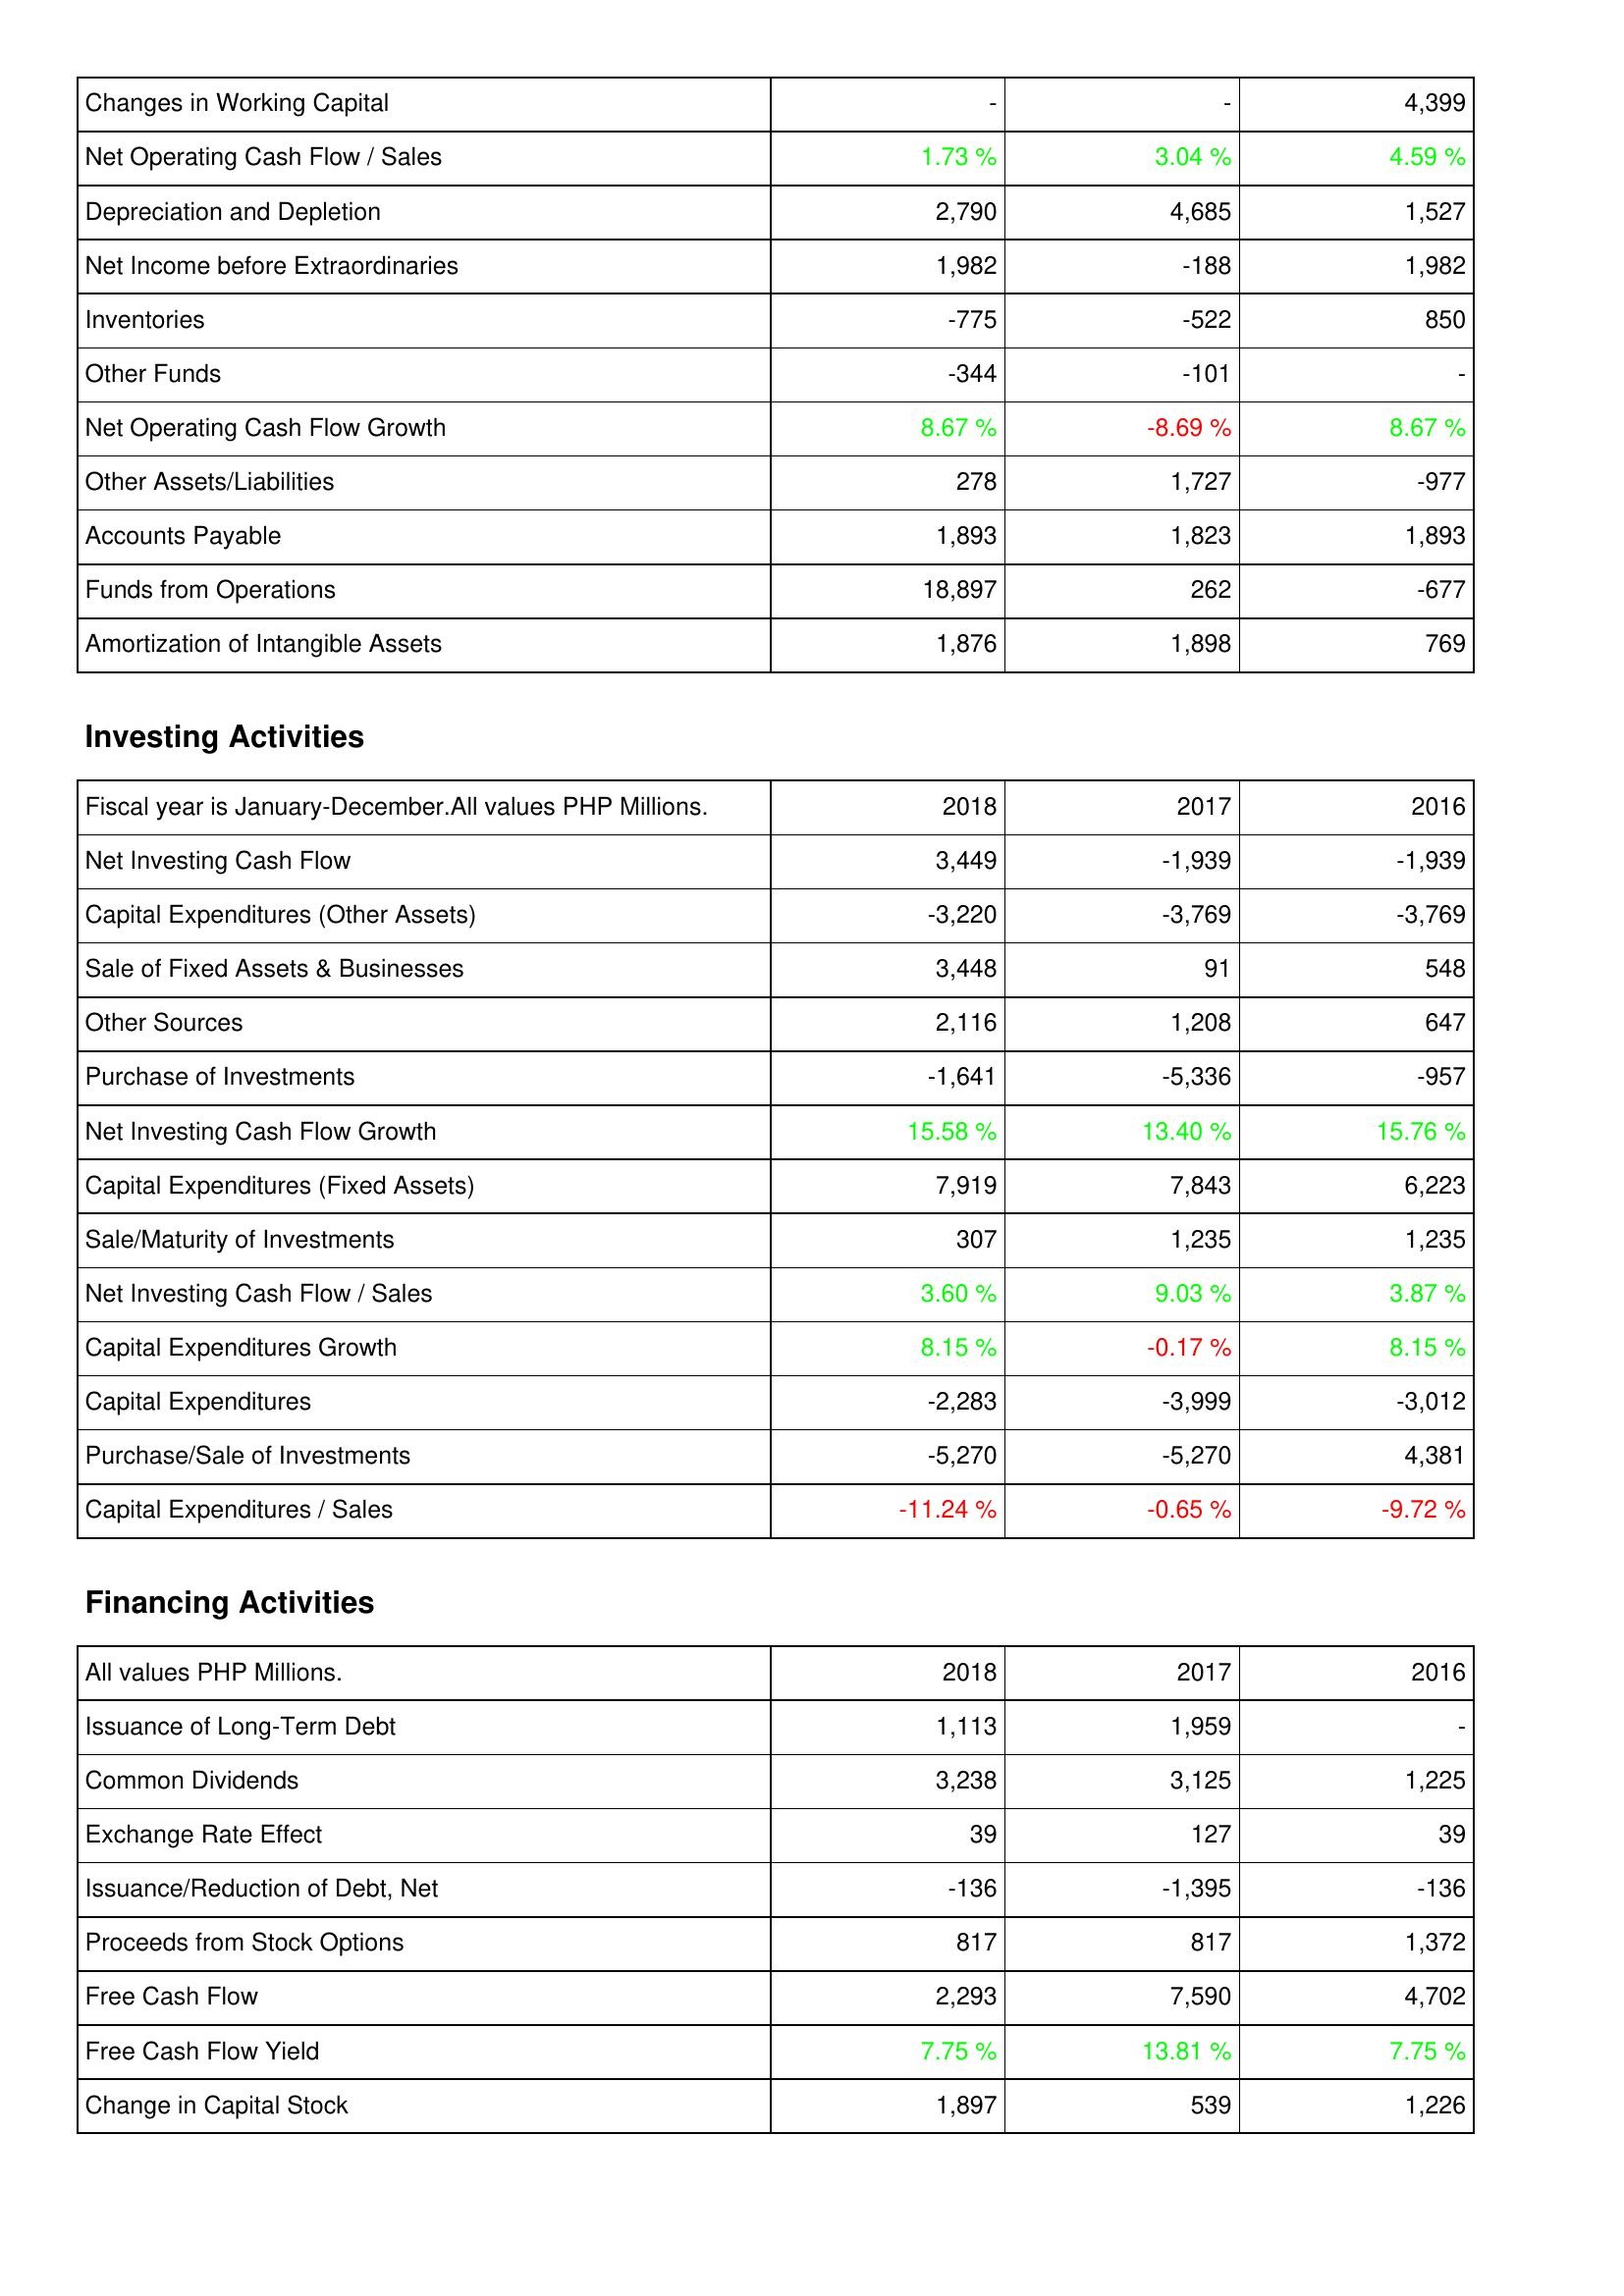
2018: Operating Activities: Changes in Working Capital: -
Net Operating Cash Flow / Sales: 1.73 %
Depreciation and Depletion: 2,790
Net Income before Extraordinaries: 1,982
Inventories: -775
Other Funds: -344
Net Operating Cash Flow Growth: 8.67 %
Other Assets/Liabilities: 278
Accounts Payable: 1,893
Funds from Operations: 18,897
Amortization of Intangible Assets: 1,876
Investing Activities: Net Investing Cash Flow: 3,449
Capital Expenditures (Other Assets): -3,220
Sale of Fixed Assets & Businesses: 3,448
Other Sources: 2,116
Purchase of Investments: -1,641
Net Investing Cash Flow Growth: 15.58 %
Capital Expenditures (Fixed Assets): 7,919
Sale/Maturity of Investments: 307
Net Investing Cash Flow / Sales: 3.60 %
Capital Expenditures Growth: 8.15 %
Capital Expenditures: -2,283
Purchase/Sale of Investments: -5,270
Capital Expenditures / Sales: -11.24 %
Financing Activities: Issuance of Long-Term Debt: 1,113
Common Dividends: 3,238
Exchange Rate Effect: 39
Issuance/Reduction of Debt, Net: -136
Proceeds from Stock Options: 817
Free Cash Flow: 2,293
Free Cash Flow Yield: 7.75 %
Change in Capital Stock: 1,897
2017: Operating Activities: Changes in Working Capital: -
Net Operating Cash Flow / Sales: 3.04 %
Depreciation and Depletion: 4,685
Net Income before Extraordinaries: -188
Inventories: -522
Other Funds: -101
Net Operating Cash Flow Growth: -8.69 %
Other Assets/Liabilities: 1,727
Accounts Payable: 1,823
Funds from Operations: 262
Amortization of Intangible Assets: 1,898
Investing Activities: Net Investing Cash Flow: -1,939
Capital Expenditures (Other Assets): -3,769
Sale of Fixed Assets & Businesses: 91
Other Sources: 1,208
Purchase of Investments: -5,336
Net Investing Cash Flow Growth: 13.40 %
Capital Expenditures (Fixed Assets): 7,843
Sale/Maturity of Investments: 1,235
Net Investing Cash Flow / Sales: 9.03 %
Capital Expenditures Growth: -0.17 %
Capital Expenditures: -3,999
Purchase/Sale of Investments: -5,270
Capital Expenditures / Sales: -0.65 %
Financing Activities: Issuance of Long-Term Debt: 1,959
Common Dividends: 3,125
Exchange Rate Effect: 127
Issuance/Reduction of Debt, Net: -1,395
Proceeds from Stock Options: 817
Free Cash Flow: 7,590
Free Cash Flow Yield: 13.81 %
Change in Capital Stock: 539
2016: Operating Activities: Changes in Working Capital: 4,399
Net Operating Cash Flow / Sales: 4.59 %
Depreciation and Depletion: 1,527
Net Income before Extraordinaries: 1,982
Inventories: 850
Other Funds: -
Net Operating Cash Flow Growth: 8.67 %
Other Assets/Liabilities: -977
Accounts Payable: 1,893
Funds from Operations: -677
Amortization of Intangible Assets: 769
Investing Activities: Net Investing Cash Flow: -1,939
Capital Expenditures (Other Assets): -3,769
Sale of Fixed Assets & Businesses: 548
Other Sources: 647
Purchase of Investments: -957
Net Investing Cash Flow Growth: 15.76 %
Capital Expenditures (Fixed Assets): 6,223
Sale/Maturity of Investments: 1,235
Net Investing Cash Flow / Sales: 3.87 %
Capital Expenditures Growth: 8.15 %
Capital Expenditures: -3,012
Purchase/Sale of Investments: 4,381
Capital Expenditures / Sales: -9.72 %
Financing Activities: Issuance of Long-Term Debt: -
Common Dividends: 1,225
Exchange Rate Effect: 39
Issuance/Reduction of Debt, Net: -136
Proceeds from Stock Options: 1,372
Free Cash Flow: 4,702
Free Cash Flow Yield: 7.75 %
Change in Capital Stock: 1,226